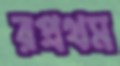
রপ্রথম